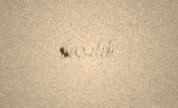
baxılıb.